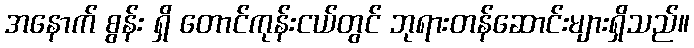
အနောက် စွန်း ရှိ တောင်ကုန်းငယ်တွင် ဘုရားတန်ဆောင်းများရှိသည်။